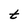
Character: t